Annual administration report of the Civil Veterinary Department of India - 1896-1897
Year: 1896
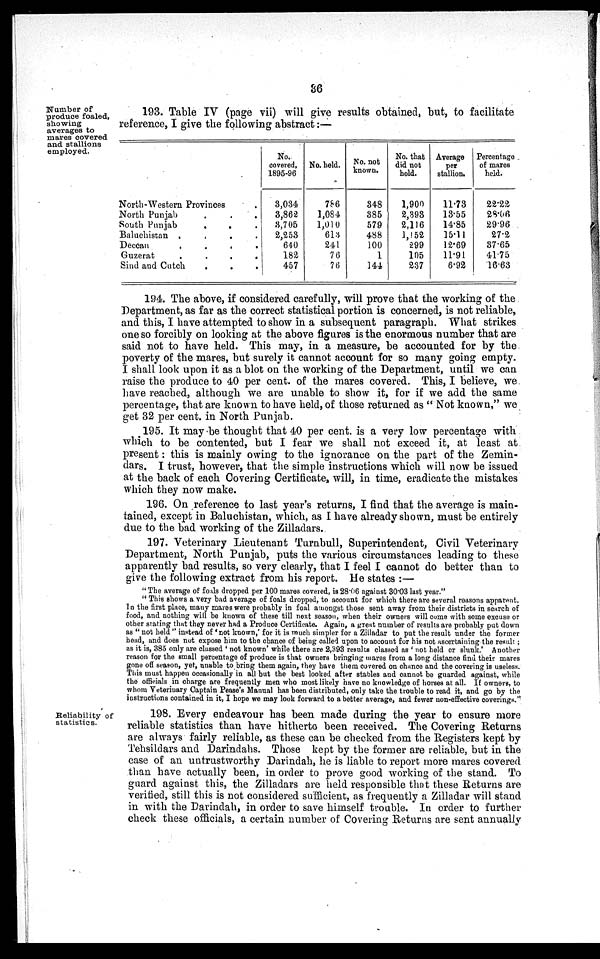
36
Number of
produce foaled,
showing
averages to
mares covered
and stallions
employed.
193. Table IV (page vii) will give results obtained, but, to facilitate
reference, I give the following abstract:—
North-Western Provinces
North Punjab
South Punjab . . . .
Baluchistan .
.
.
.
Decean
.
.
.
.
Guzerat
.
.
.
.
Sind and Cutch
.
.
.
No.
covered,
1895-96
3,034
3,862
3,705
2,253
640
182
457
No. held.
786
1,084
1,010
613
241
76
76
No. not
known.
348
385
579
488
100
1
144
No. that
did not
hold.
1,900
2,393
2,116
1,152
299
105
237
Average
per
stallion.
11.73
13.55
14.85
15.11
12.69
11.91
6.92
Percentage
of mares
held.
22.22
28.66
29.96
27.2
37.65
41.75
16.63
194. The above, if considered carefully, will prove that the working of the
Department, as far as the correct statistical portion is concerned, is not reliable,
and this, I have attempted to show in a subsequent paragraph. What strikes
one so forcibly on looking at the above figures is the enormous number that are
said not to have held. This may, in a measure, be accounted for by the
poverty of the mares, but surely it cannot account for so many going empty.
I shall look upon it as a blot on the working of the Department, until we can
raise the produce to 40 per cent. of the mares covered. This, I believe, we
have reached, although we are unable to show it, for if we add the same
percentage, that are known to have held, of those returned as "Not known," we
get 32 per cent. in North Punjab.
195. It may be thought that 40 per cent. is a very low percentage with
which to be contented, but I fear we shall not exceed it, at least at
present: this is mainly owing to the ignorance on the part of the Zemin-
dars. I trust, however, that the simple instructions which will now be issued
at the back of each Covering Certificate, will, in time, eradicate the mistakes
which they now make.
196. On reference to last year's returns, I find that the average is main-
tained, except in Baluchistan, which, as I have already shown, must be entirely
due to the bad working of the Zilladars.
197. Veterinary Lieutenant Turnbull, Superintendent, Civil Veterinary
Department, North Punjab, puts the various circumstances leading to these
apparently bad results, so very clearly, that I feel I cannot do better than to
give the following extract from his report. He states:—
"The average of foals dropped per 100 mares covered, is 28.06 against 30.03 last year."
"This shows a very bad average of foals dropped, to account for which there are several reasons apparent.
In the first place, many mares were probably in foal amongst those sent away from their districts in search of
food, and nothing will be known of these till next season, when their owners will come with some excuse or
other stating that they never had a Produce Certificate. Again, a great number of results are probably put down
as "not held" instead of 'not known,' for it is much simpler for a Zilladar to put the result under the former
head, and does not expose him to the chance of being called upon to account for his not ascertaining the result;
as it is, 385 only are classed 'not known' while there are 2,393 results classed as 'not held or slunk.' Another
reason for the small percentage of produce is that owners bringing mares from a long distance find their mares
g one off season, yet, unable to bring them again, they have them covered on chance and the covering is useless.
This must happen occasionally in all but the best looked after stables and cannot be guarded against, while
the officials in charge are frequently men who most likely have no knowledge of horses at all. If owners, to
whom Veterinary Captain Pease's Manual has been distributed, only take the trouble to read it, and go by the
instructions contained in it, I hope we may look forward to a better average, and fewer non-effective coverings."
Reliability of
statistics.
198. Every endeavour has been made during the year to ensure more
reliable statistics than have hitherto been received. The Covering Returns
are always fairly reliable, as these can be checked from the Registers kept by
Tehsildars and Darindahs. Those kept by the former are reliable, but in the
case of an untrustworthy Darindah, he is liable to report more mares covered
than have actually been, in order to prove good working of the stand. To
guard against this, the Zilladars are held responsible that these Returns are
verified, still this is not considered sufficient, as frequently a Zilladar will stand
in with the Darindah, in order to save himself trouble. In order to further
check these officials, a certain number of Covering Returns are sent annually